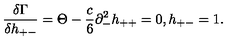
{ \frac { \delta \Gamma } { \delta h _ { + - } } } = \Theta - \frac { c } { 6 } \partial _ { - } ^ { 2 } h _ { + + } = 0 , h _ { + - } = 1 .